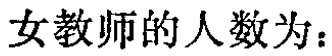
女教师的人数为：